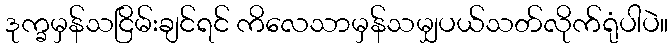
ဒုက္ခမှန်သငြိမ်းချင်ရင် ကိလေသာမှန်သမျှပယ်သတ်လိုက်ရုံပါပဲ။